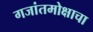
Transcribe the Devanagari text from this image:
गजांतमोक्षाचा